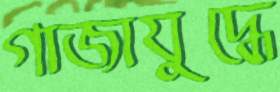
গাজাযুদ্ধে